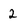
Character: 2